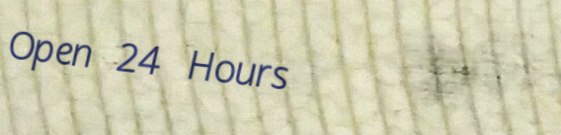
Open 24 Hours